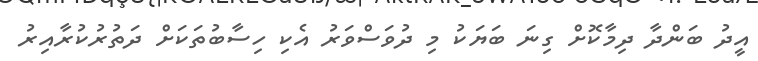
އީދު ބަންދާ ދިމާކޮށް ގިނަ ބަޔަކު މި ދުވަސްވަރު އެކި ހިސާބުތަކަށް ދަތުރުކުރާއިރު